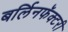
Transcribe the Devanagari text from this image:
बर्लिनफॅक्टरी